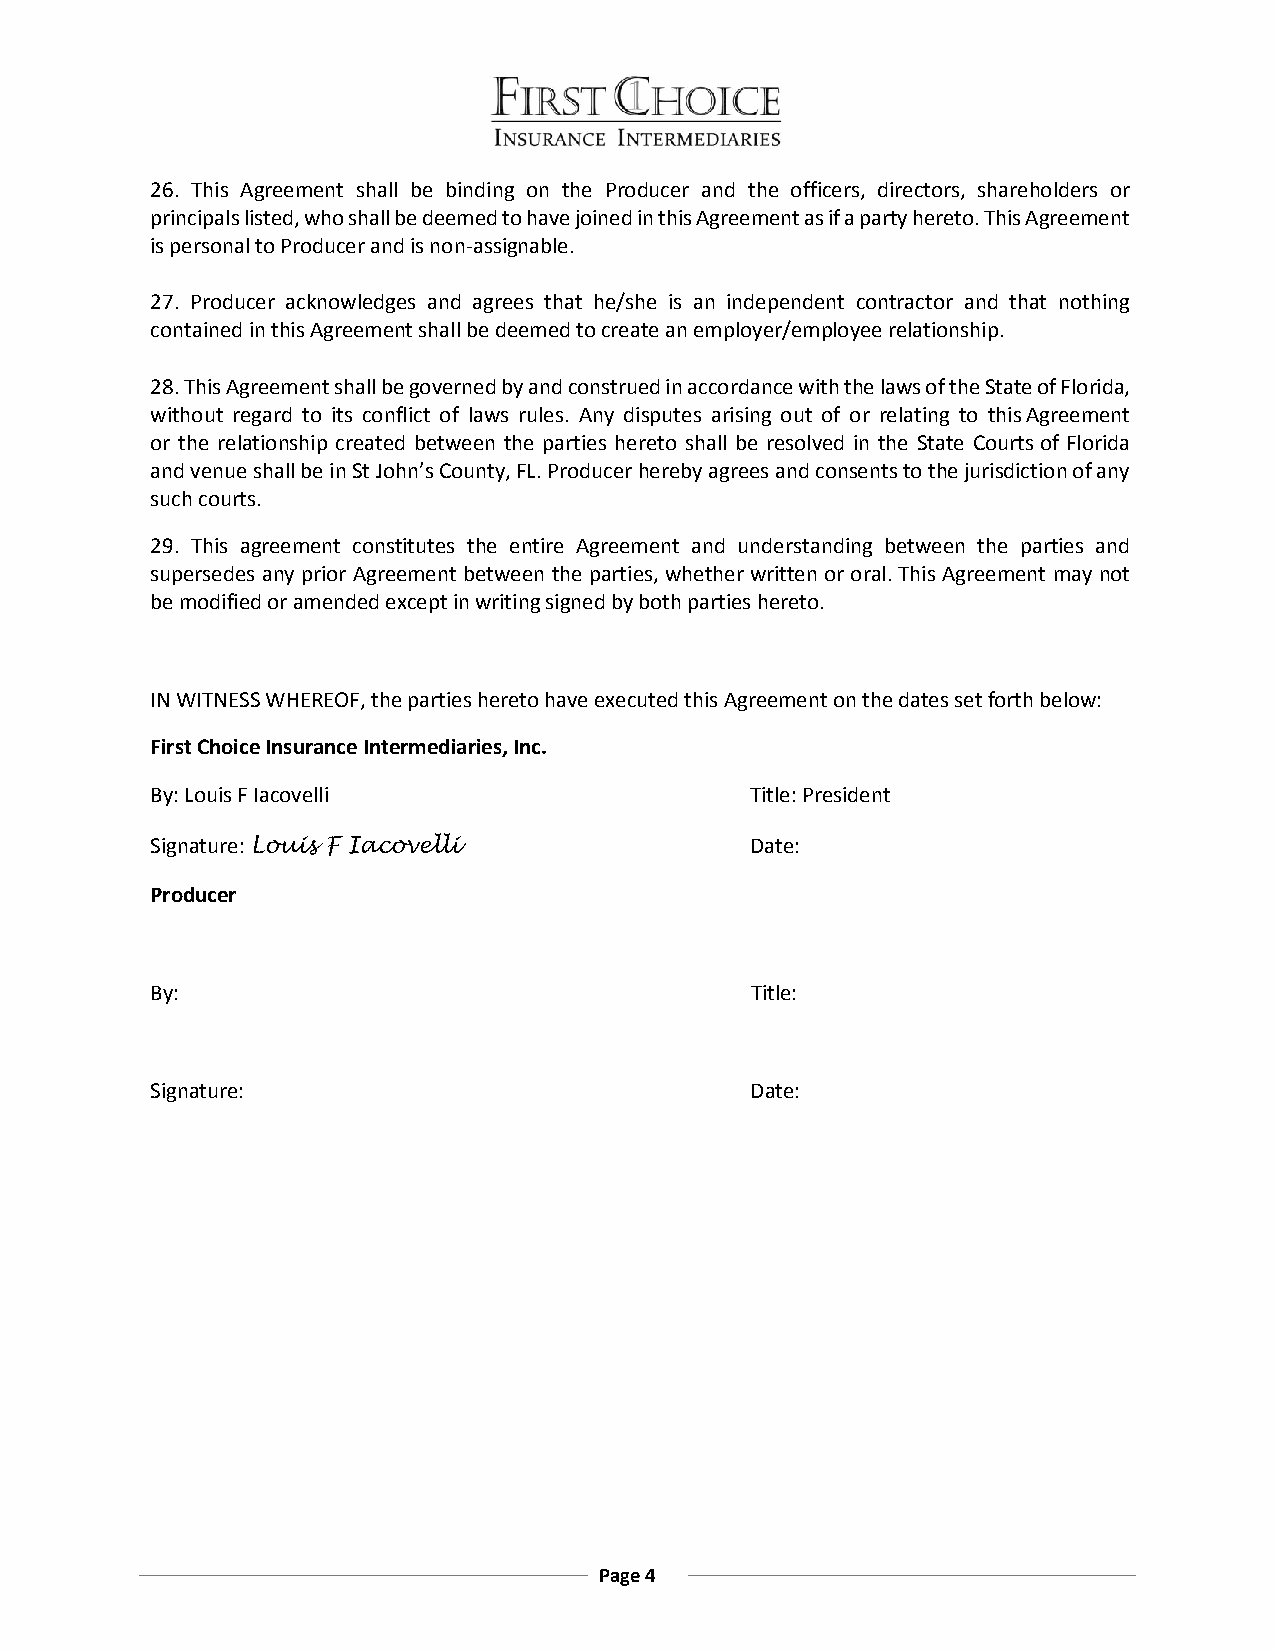
26. This Agreement shall be binding on the Producer and the officers, directors, shareholders or
 principals listed, who shall be deemed to have joined in this Agreement as if a party hereto. This Agreement
 is personal to Producer and is non-assignable.
 27. Producer acknowledges and agrees that he/she is an independent contractor and that nothing
 contained in this Agreement shall be deemed to create an employer/employee relationship.
 28. This Agreement shall be governed by and construed in accordance with the laws of the State of Florida,
 without regard to its conflict of laws rules. Any disputes arising out of or relating to this Agreement
 or the relationship created between the parties hereto shall be resolved in the State Courts of Florida
 and venue shall be in St John’s County, FL. Producer hereby agrees and consents to the jurisdiction of any
 such courts.
 29. This agreement constitutes the entire Agreement and understanding between the parties and
 supersedes any prior Agreement between the parties, whether written or oral. This Agreement may not
 be modified or amended except in writing signed by both parties hereto.
 IN WITNESS WHEREOF, the parties hereto have executed this Agreement on the dates set forth below:
 First Choice Insurance Intermediaries, Inc.
 By: Louis F Iacovelli                   Title: President
 Signature: Louis F Iacovelli            Date:
 Producer
 By:                                     Title:
 Signature:                              Date:
 Page 4